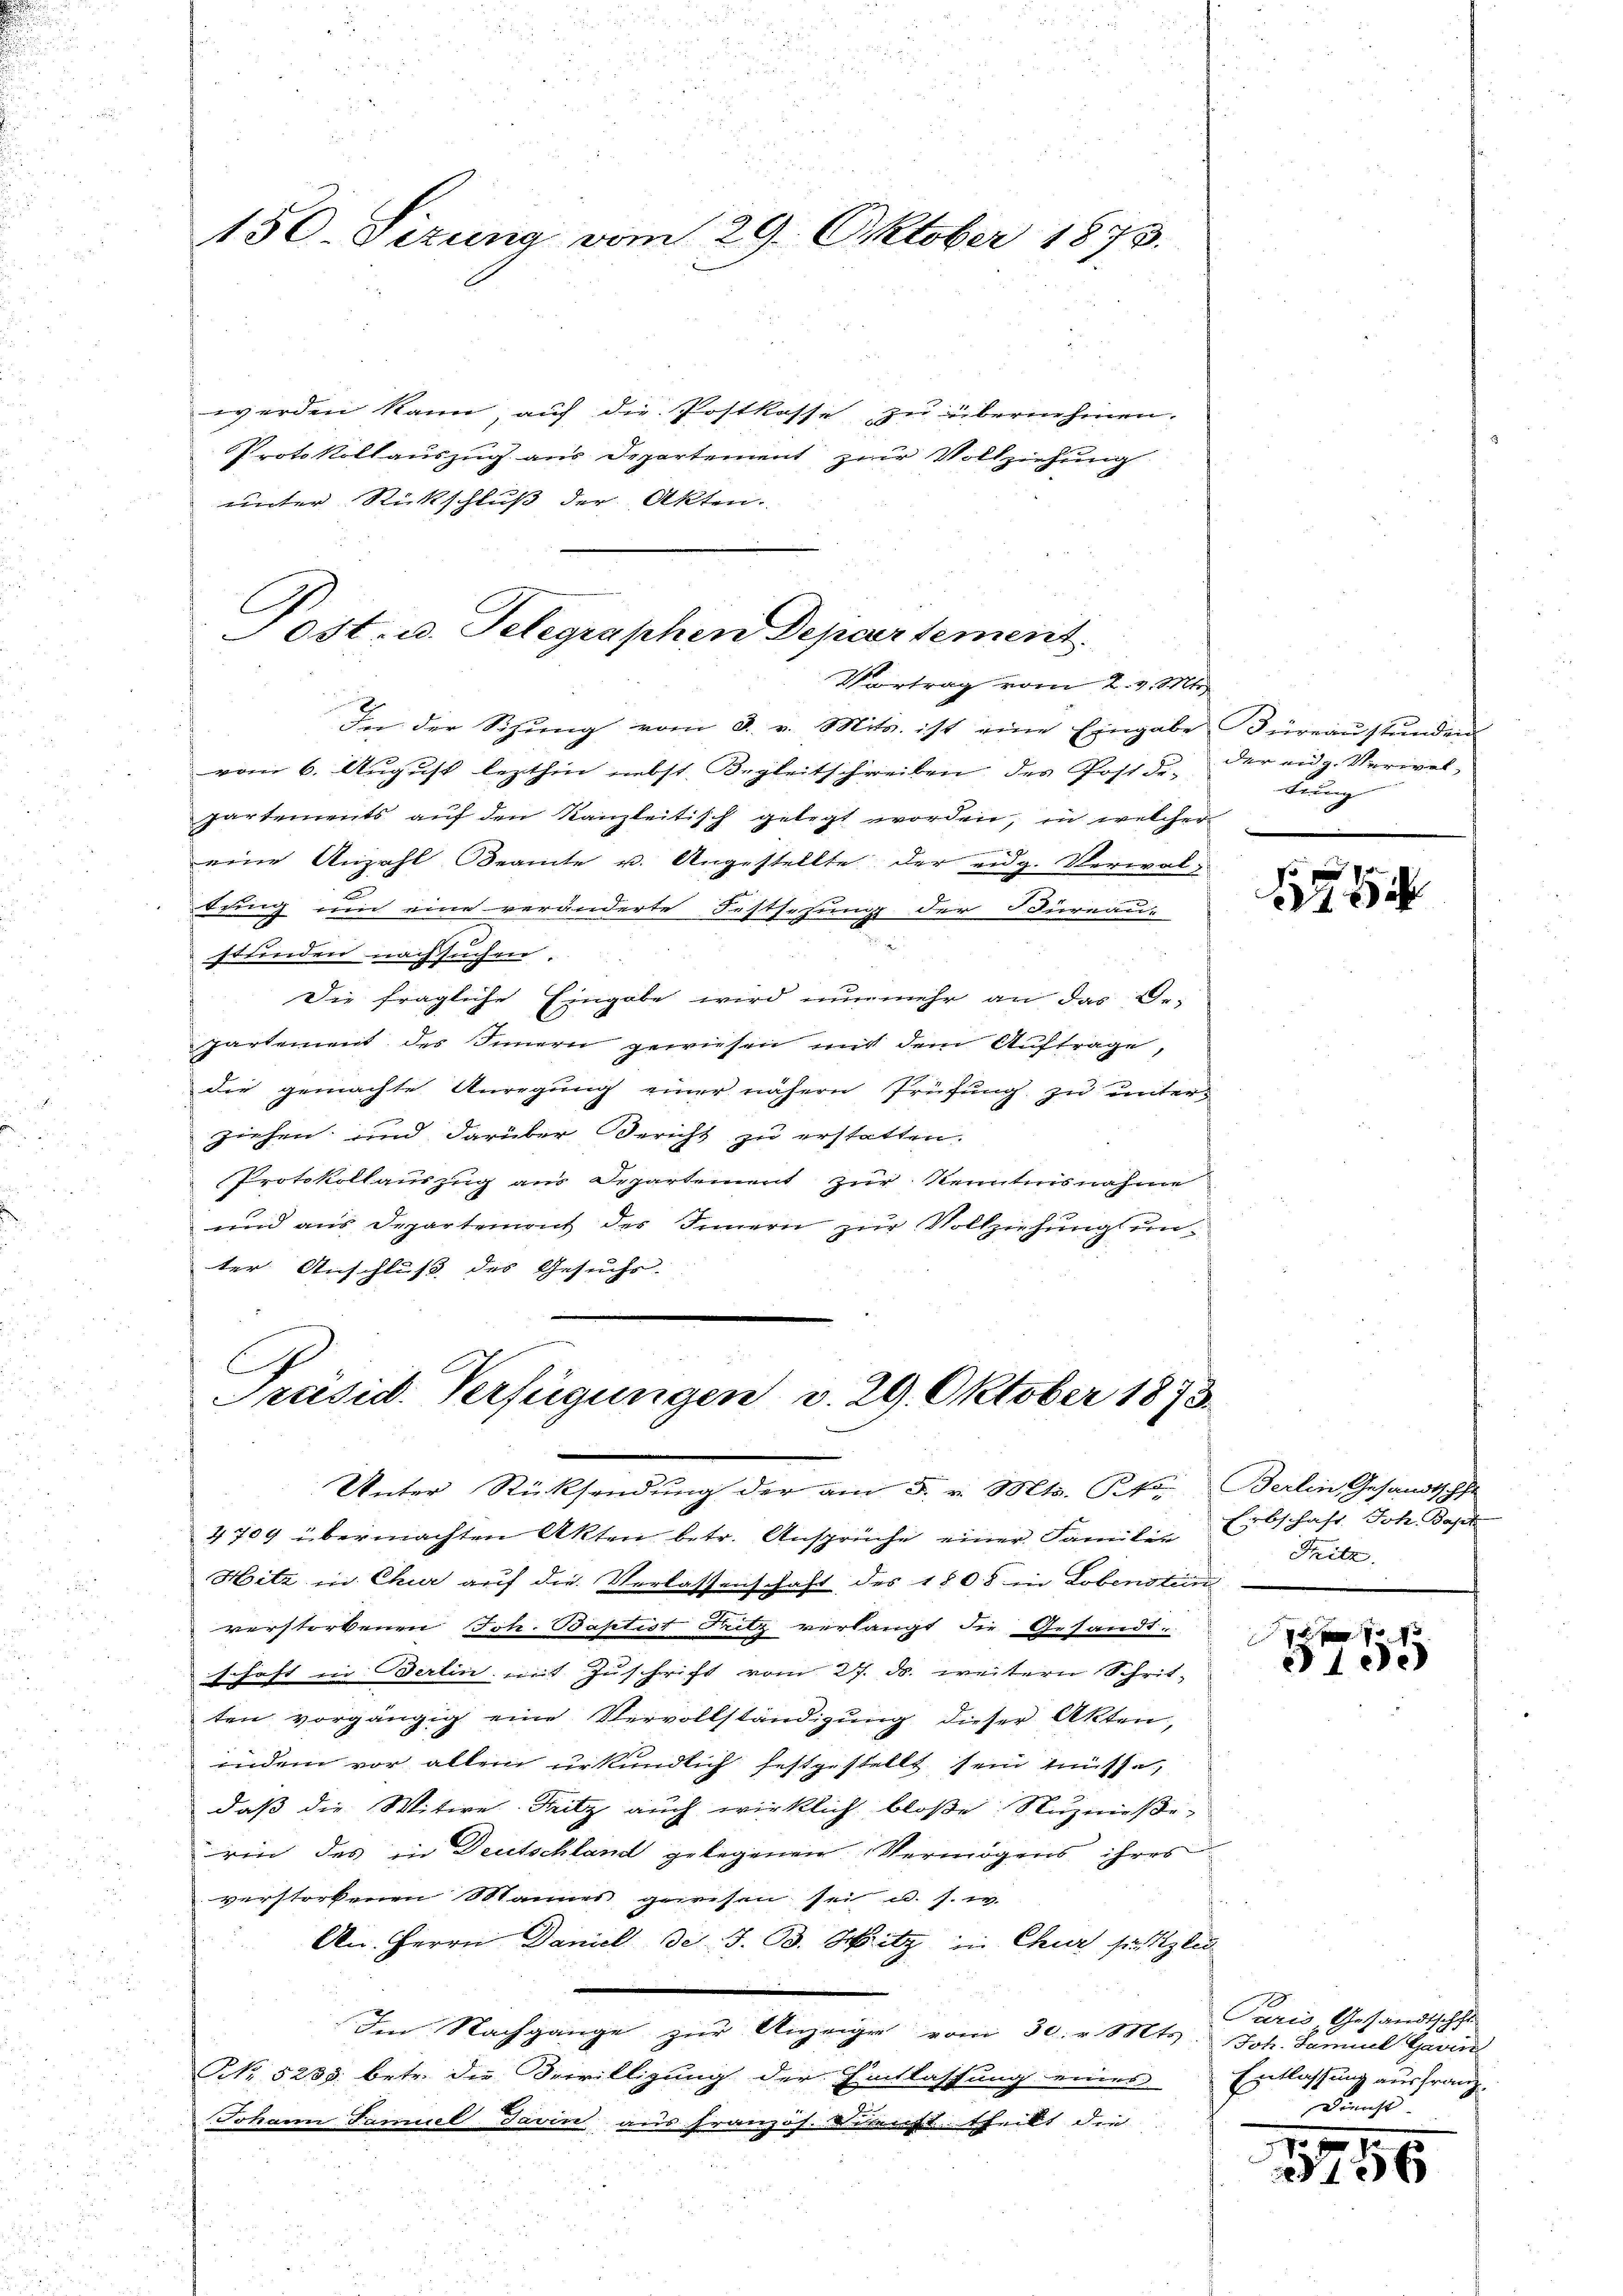
150 Sizung vom 29. Oktober 1873.

werden kann auf die Postkasse zu übernehmen.
Protokollauszug aus Departement zur Vollziehung
unter Rückschluß der Akten.

Post- u. Telegraphen Departement.
Vortrag vom 2. v. Mt

In der Sitzung vom 8. v. Mits. ist eine Eingabe Büreau stunden
vom 6. August lezthin nebst Begleitschreiben des Postde, der eidg. Verwelpartements aŭf den Kanzleitisch gelegt worden, in welcher
eine Anzahl Beamte u. Angestellte der eidg. Verwalbring und eine veränderte Festsehung der Büreau-

stunden nachsuchen.
Die fragliche Eingabe wird nunmehr an das Ge-
partement des Innern gewiesen mit dem Auftrage,
die gemachte Anregung einer nähern Prüfung zu unterziehen und darüber Bericht zu erstatten.
Protokollauszug aus Departement zur Kenntnisnahme
und aus Departemont des Innern zur Vollziehung unter Anschluß des Gesuchs.
Präsid. Verfügungen v. 29. Oktober 1873.

Unter Rücksendung der am 5. v. Mts. Pf. Berlin Gesandtschfe

4709 übermachten Akten betr. Ansprüche einer Familie Erbschaft. Joh. Bapt
Hitz in Chur auf die Verlassenschaft des 1808 in Lobenstun
verstorbenen Joh. Baptist Fritz verlangt die Gesandt-
schaft in Berlin mit Zuschrift vom 27. ds. weitern Schrit-
ten vorgängig eine Vervollständigung dieser Akten,
indem vor allein urkundlich festgestellt sein müsse,
daß die Witwe Fritz auch wirklich bloße Nuzmeßerin des in Deutschland gelegenen Vermögens ihres
verstorbenen Mannes gewesen sei u. s. w.
An. Herrn Daniel de J. B. Hitz in Chur setzlich
Im Nachgange zur Anzeige vom 30. v. Mts. Joh. Famuel Gawin
NNo. 5283. betr. die Bewilligung der Eintlassung eines Entlassung ausfranz-
Johann Samuel Javin aus französ. Bericht theilt die

Franz

70
8

Fritz

1 xx 8x
310.

Paris, Gestandtschaft
Dienst

1756